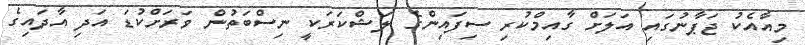
މިއާއެކު ޖަޕާނުގައި އަލަށް ގާއިމްކުރި ސިފައިންގެ ލަޝްކަރަކީ ނިސްބަތުން ވަރަށްކުޑަ އަދި އާދައިގެ